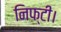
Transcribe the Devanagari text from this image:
निफ्टी।